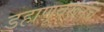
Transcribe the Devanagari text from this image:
डहाणूवरूनच